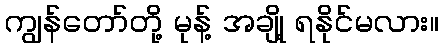
ကျွန်တော်တို့ မုန့် အချို့ ရနိုင်မလား။